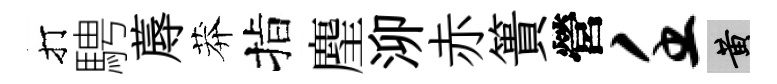
打騁蓐莽指麈泖赤簣營壬黄